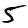
Digit: 5